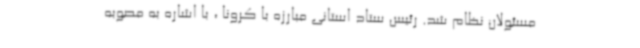
مسئولان نظام شد. رئیس ستاد استانی مبارزه با کرونا ، با اشاره به مصوبه